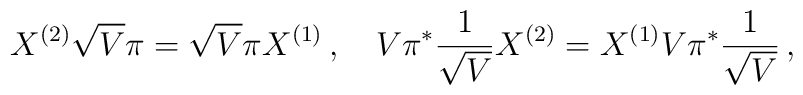
X^{(2)}\sqrt{V}\pi=\sqrt{V} \pi X^{(1)}\,,\quad V\pi^{*}\frac{1}{\sqrt{V}}X^{(2)}=X^{(1)}V\pi^{*}\frac{1}{\sqrt{V}}\,,